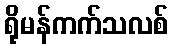
ရိုမန်ကက်သလစ်